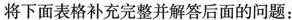
将下面表格补充完整并解答后面的问题：